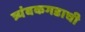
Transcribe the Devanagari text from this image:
त्र्यंबकगडाची